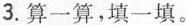
3.算一算,填一填。